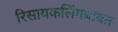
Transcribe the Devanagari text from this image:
रिसायकलिंगबाबत